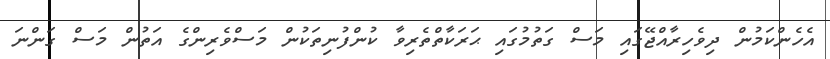
އެހެންކަމުން ދިވެހިރާއްޖޭގައި މަސް ގަތުމުގައި ޙަރަކާތްތެރިވާ ކުންފުނިތަކުން މަސްވެރިންގެ އަތުން މަސް ގަންނަ